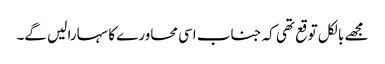
مجھے بالکل توقع تھی کہ جناب اسی محاورے کا سہارا لیں گے۔